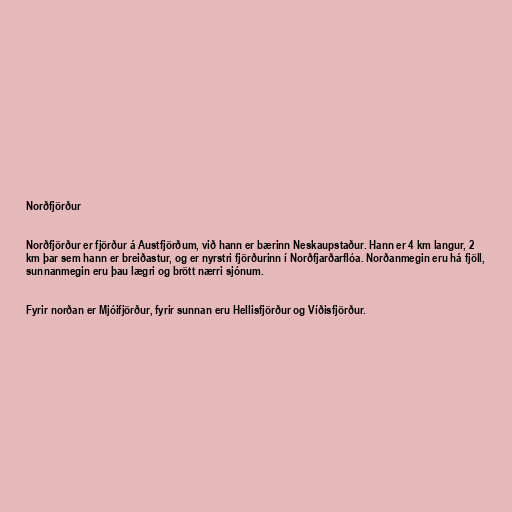
Norðfjörður

Norðfjörður er fjörður á Austfjörðum, við hann er bærinn Neskaupstaður. Hann er 4 km langur, 2
km þar sem hann er breiðastur, og er nyrstri fjörðurinn í Norðfjarðarflóa. Norðanmegin eru há fjöll,
sunnanmegin eru þau lægri og brött nærri sjónum.

Fyrir norðan er Mjóifjörður, fyrir sunnan eru Hellisfjörður og Víðisfjörður.